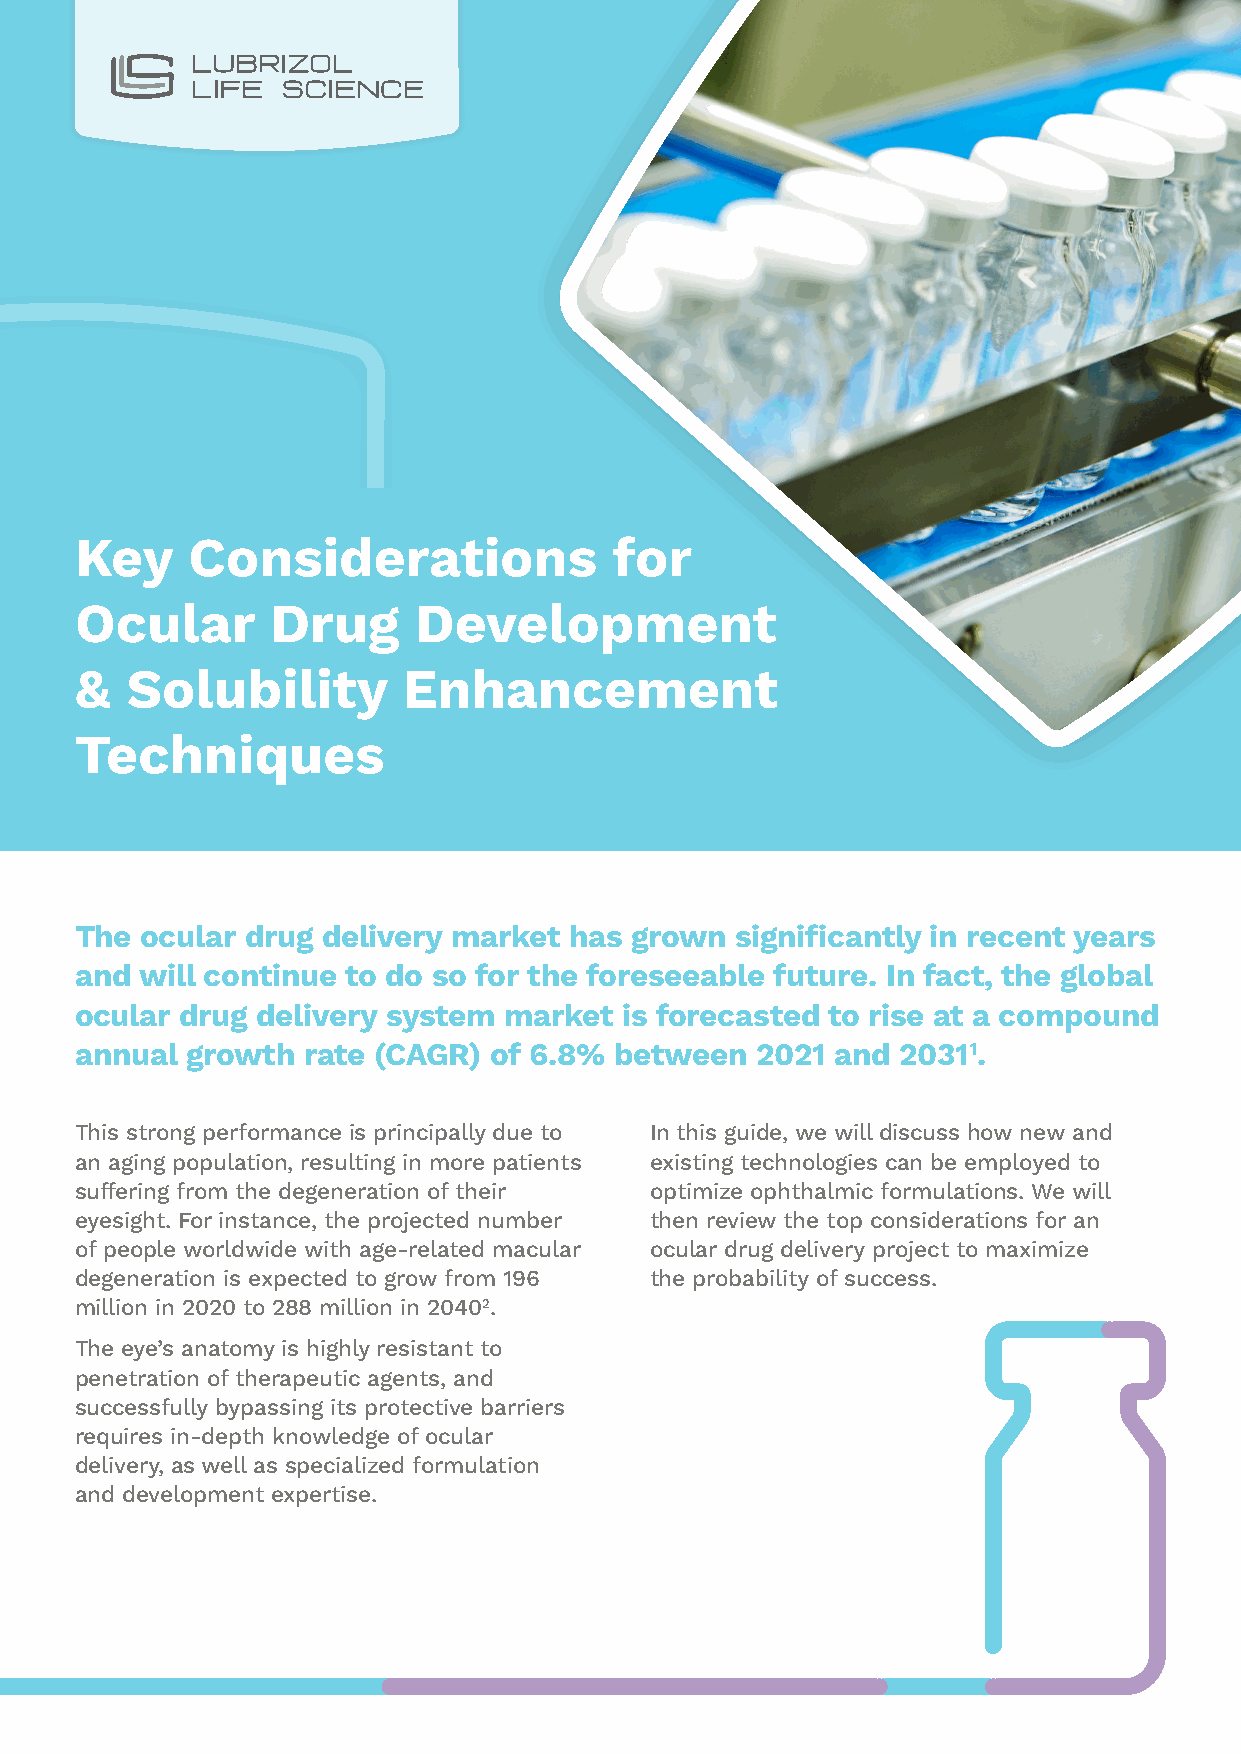
Key    Considerations               for
 Ocular       Drug     Development
 &  Solubility         Enhancement
 Techniques
 The ocular drug delivery market  has grown  significantly in recent years
 and will continue to do so for the foreseeable future. In fact, the global
 ocular drug delivery system market  is forecasted to rise at a compound
 annual growth  rate (CAGR) of 6.8%  between  2021 and 20311.
 This strong performance is principally due to In this guide, we will discuss how new and
 an aging population, resulting in more patients existing technologies can be employed to
 suffering from the degeneration of their optimize ophthalmic formulations. We will
 eyesight. For instance, the projected number then review the top considerations for an
 of people worldwide with age-related macular ocular drug delivery project to maximize
 degeneration is expected to grow from 196 the probability of success.
 million in 2020 to 288 million in 20402.
 The eye’s anatomy is highly resistant to
 penetration of therapeutic agents, and
 successfully bypassing its protective barriers
 requires in-depth knowledge of ocular
 delivery, as well as specialized formulation
 and development expertise.